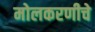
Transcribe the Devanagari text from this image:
मोलकरणीचे